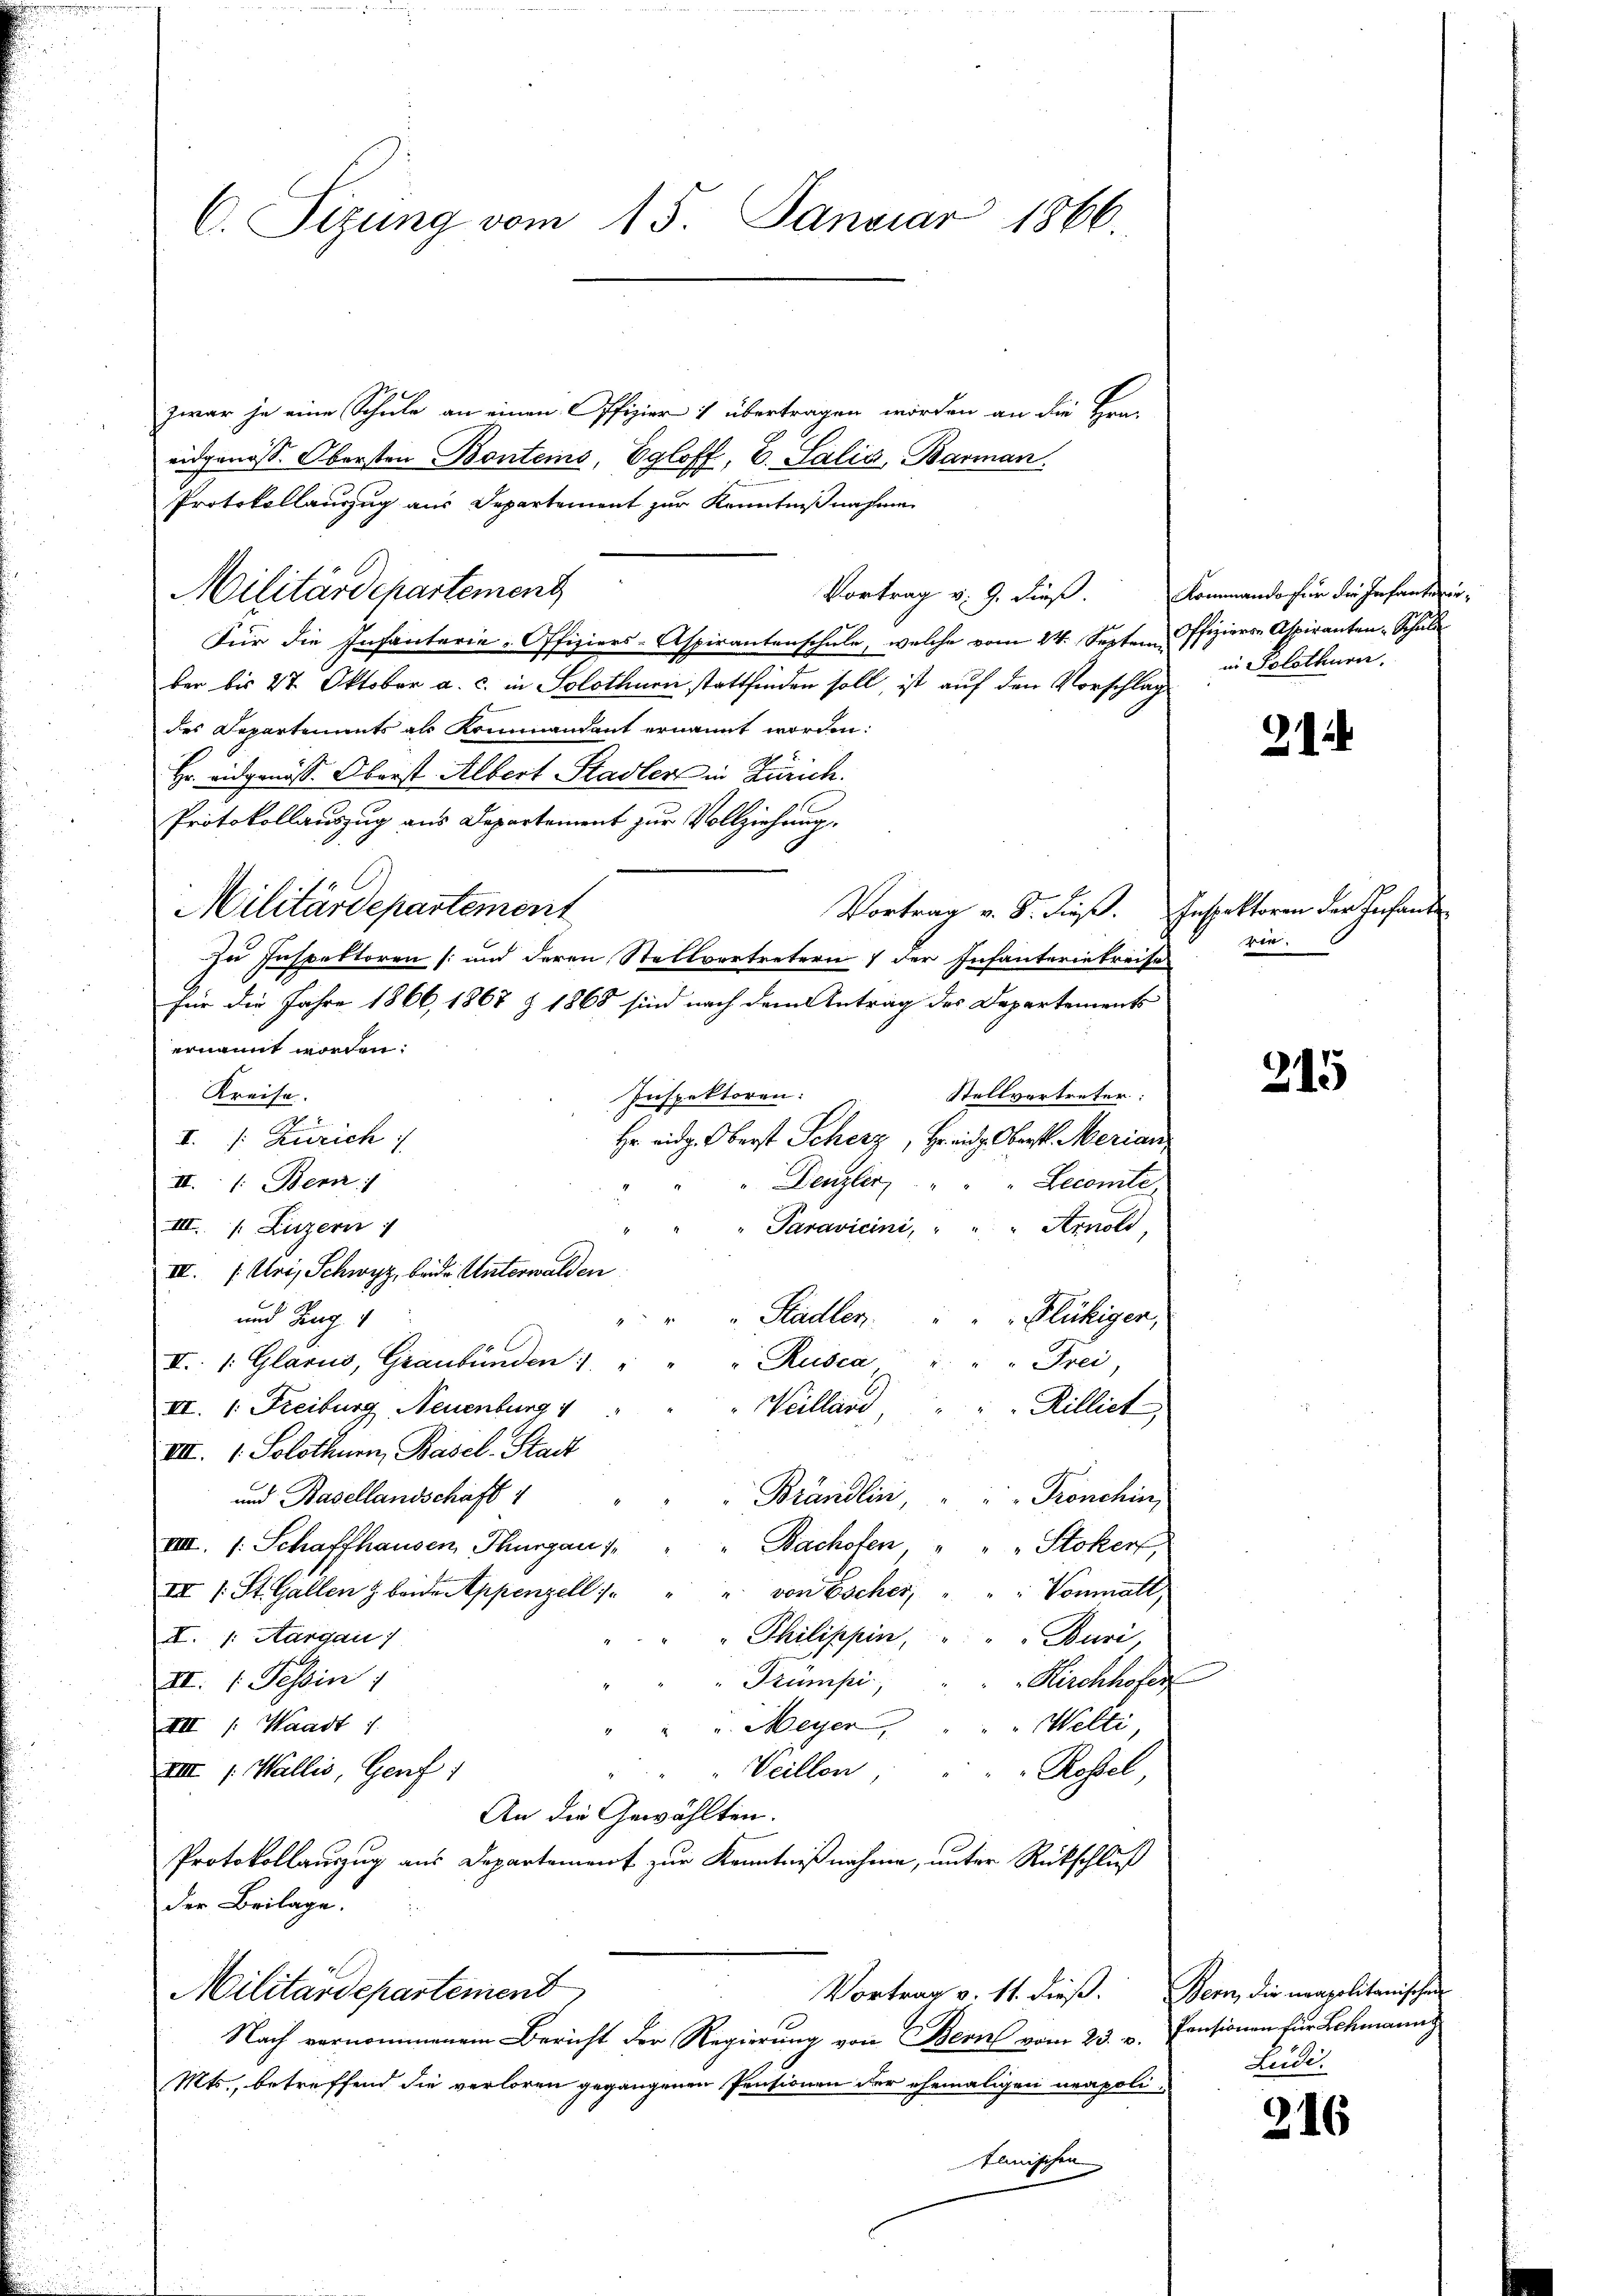
C. Sizung vom 15. Januar 1866.

zwar ja eine Schule an einen Offizier 1 übertragen worden an die Fra-
eidgenöss. Obersten Bontems, Egloff, E. Salis, Barman
Protokollauszug aus Departement zur Kenntnißnahmen
Militärdepartement
Vortrag v. 9. dieß.
Für die Infanterie-Offiziers-Aspirantenschule, welche vom 24. Septem Offiziers Aspiranten Schŭl
ber bis 27 Oktober a. c. in Solothurn stattfinden soll, ist auf den Vorschlag
des Departements als Kommandant ernannt worden:
Hr. eidgenöss. Oberst Albert Stadler in Zürich.
Protokollauszug aus Departement zŭr Vollziehung.
Militärdepartement
Vortrag v. 8. dieß. Inspektoren der Infanzu Inspektoren (und deren Stellvertretern / der Infanteriekreise
für die Jahre 1866, 1868 & 1868 sind nach dem Antrag des Departements
ernannt worden:
Kreise.
Stellvertreter:
Inspektoren:
I. /: Zürich
Hr eidg. Oberst Scherz, Frei Oberst. Merian
II. (Ber
Becomite
Denzler
III. /. Luzern
Paravicini, " " " Arnold,
III. (: Uri, Schwyz, beide Unterwalden
Flückiger,
Stadler.
und Zug
Rusca
II /: Glarus, Graubünden: "
Frei,
VI. 1. Freiburg, Neuenburg 1
Weilland
Rilliet,
VII. 1. Solothurn, Basel-Stadt
und Basellandschaft 4
Pronchin,
Brändlin,
Bachofen
IIII. s. Schaffhausen, Thurgau 1
" " Stokerf
Vonmatt,
III (: St. Gallen z. beide Appenzell
" von Escher,
Thilippin,
I. /: Aargau)
Buri,
Trumpi,
Kirchhofes
II. 1. Tessin
u. Meyer           "     Welti,
VII 1. Waadt 1
Veillen,
VIII (: Wallis, Genf 1
Aestel
An die Gewählten.
Protokollauszug aus Departement zur Kenntnißnahme, unter Rückschluß
der Beilage.
Vortrag v. 11. dieß. Bern, die neapolitanischen
Militärdepartemend
Nach vernommenem Bericht der Regierung von Bern vom 23. v. Pensionen für Schmanns
Mts., betreffend die verloren gegangenen Pensionen der ehemaligen neapolitanischen

Kommando für die Infanteriein Solothurn.

2

ir.

215

Ludi.

216